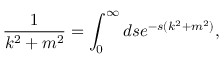
{ \frac { 1 } { k ^ { 2 } + m ^ { 2 } } } = \int _ { 0 } ^ { \infty } d s e ^ { - s ( k ^ { 2 } + m ^ { 2 } ) } ,